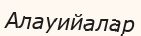
Алауийалар